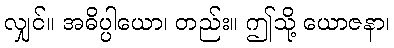
လျှင်။ အဓိပ္ပါယော၊ တည်း။ ဤသို့ ယောဇနာ၊